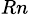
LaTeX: _{Rn}